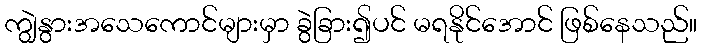
ကျွဲနွားအသေကောင်များမှာ ခွဲခြား၍ပင် မရနိုင်အောင် ဖြစ်နေသည်။